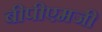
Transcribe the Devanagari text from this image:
बीपीएमजी